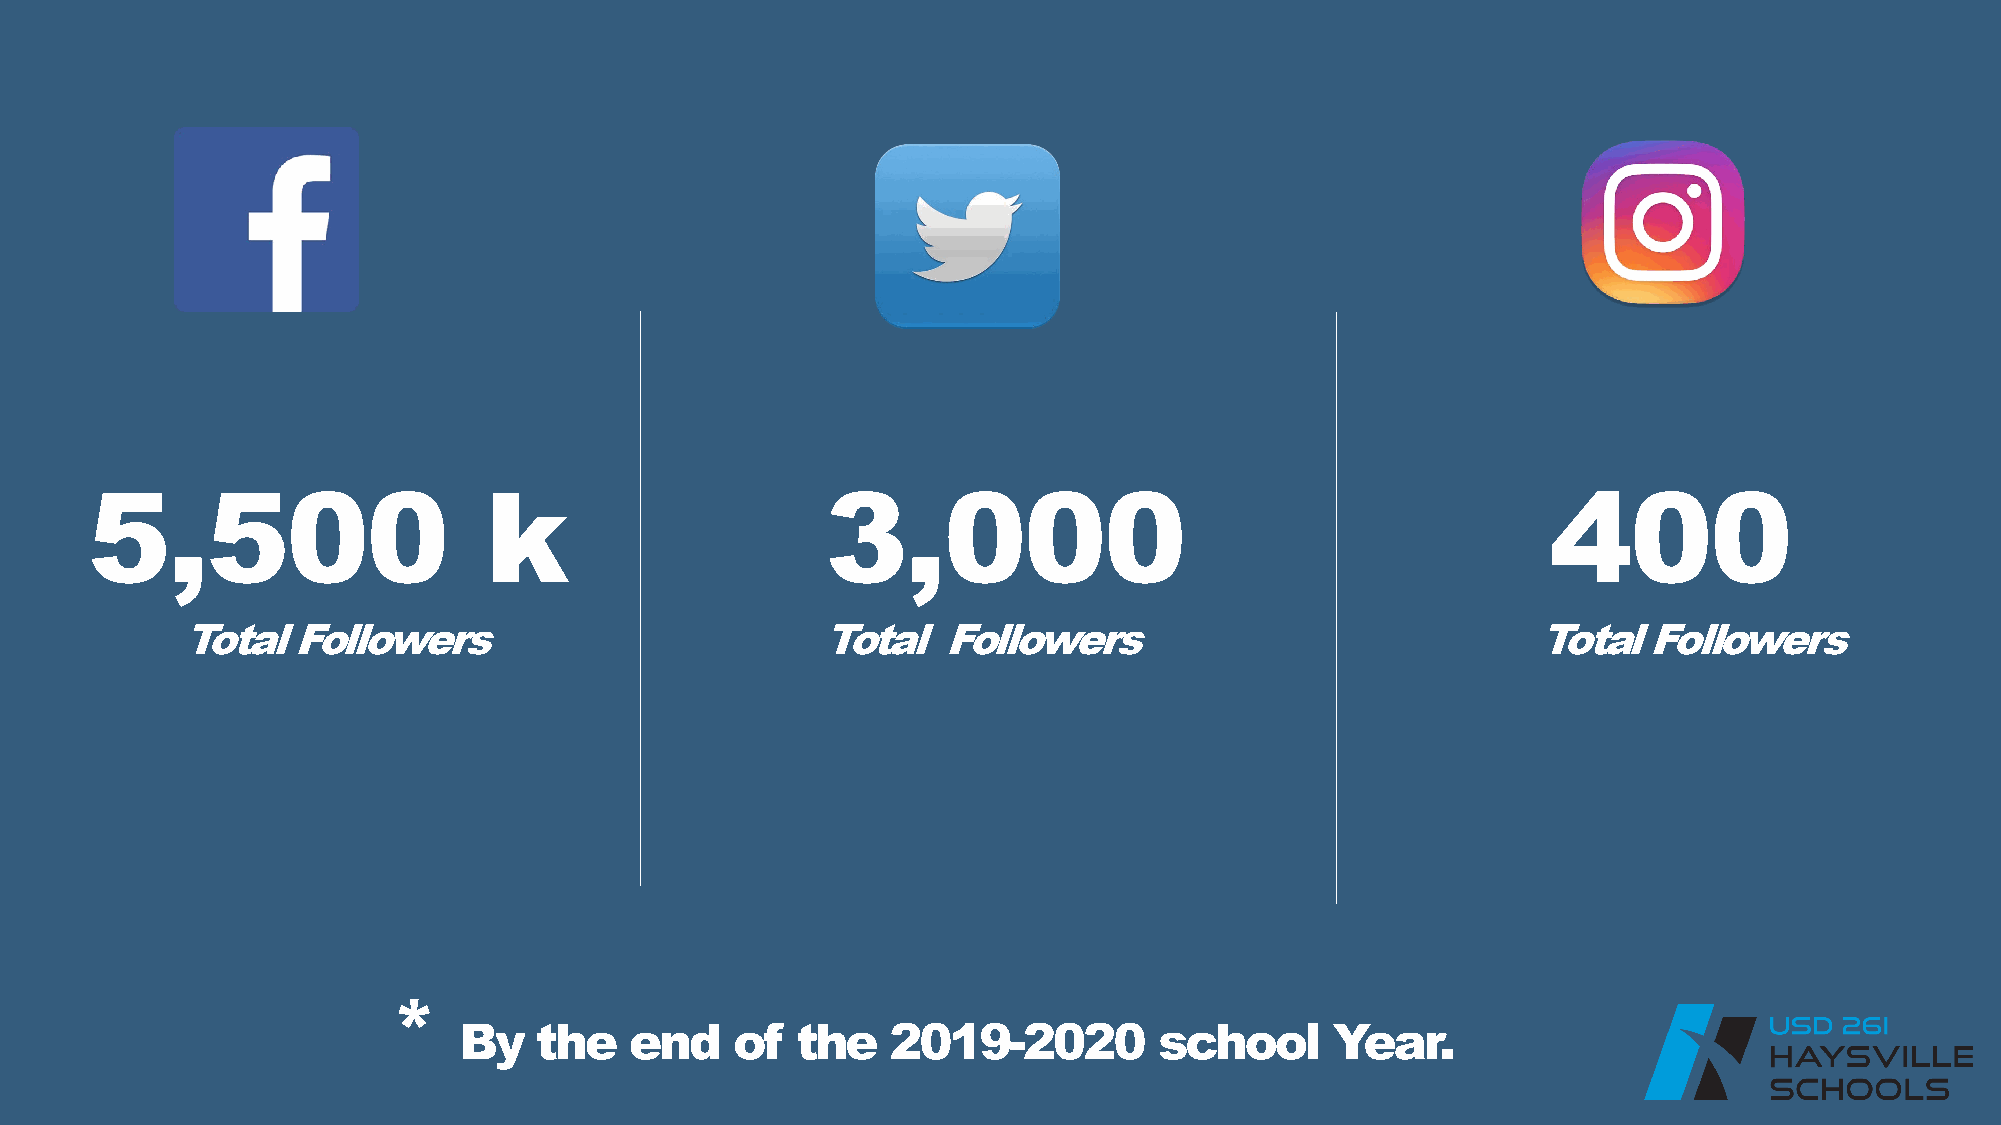
5,500                     k                      3,000                                           400
 Total  Followers                          Total   Followers                               Total  Followers
 *
 By   the    end    of  the   2019-2020         school     Year.